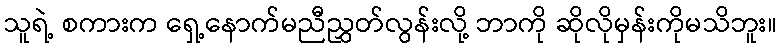
သူရဲ့ စကားက ရှေ့နောက်မညီညွှတ်လွန်းလို့ ဘာကို ဆိုလိုမှန်းကိုမသိဘူး။